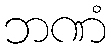
ဘဏံ